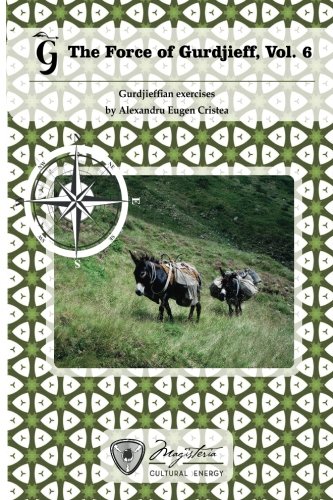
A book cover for The Force of Gurdjieff, Vol. 6: Gurdjieffian exercises (Volume 6); Alexandru Eugen Cristea; Religion & Spirituality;